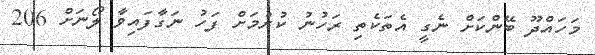
މަހައްދޫ ބޭންކަށް ނެގީ އެތަކެތި ރަހުނު ކުރުމަށް ފަހު ނަގާފައިވާ ލޯނަށް 206